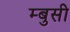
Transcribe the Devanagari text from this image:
म्बुसी